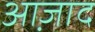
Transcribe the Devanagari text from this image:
आ़जाद